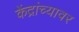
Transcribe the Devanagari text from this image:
केंद्रांच्यावर